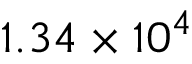
1 . 3 4 \times 1 0 ^ { 4 }